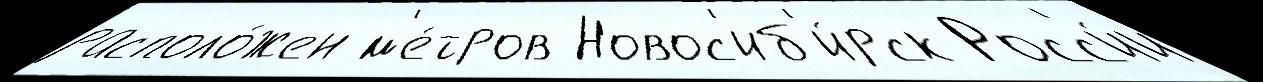
располо́жен м'е́тров Новос'иб'и́рск Росс'и́и